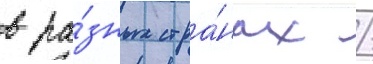
в ра́зных стра́нах /